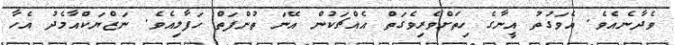
ވެދާނެއެވެ. އެވަގުތު އީނާގެ ހިތަށްވެރިވެގަތް އެއްޗަކުން އޭނަ ތުންފަތް ހަފާލިއެވެ. ނަޒްޔަކްއާމެދު އެހާ